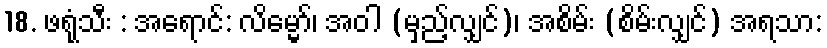
18. ဖရုံသီး : အရောင်: လိမ္မော်၊ အဝါ (မှည့်လျှင်)၊ အစိမ်း (စိမ်းလျှင်) အရသာ: